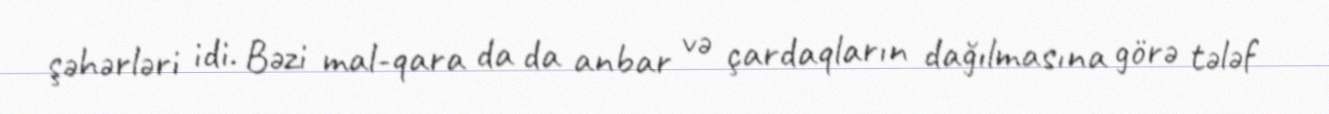
şəhərləri idi. Bəzi mal-qara da da anbar və çardaqların dağılmasına görə tələf